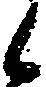
候